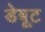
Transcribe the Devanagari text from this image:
डेबूट